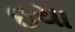
ઇયા